Civil Veterinary Department. Central Provinces & Berar 1925-31 - 1925-1931
Year: 1925
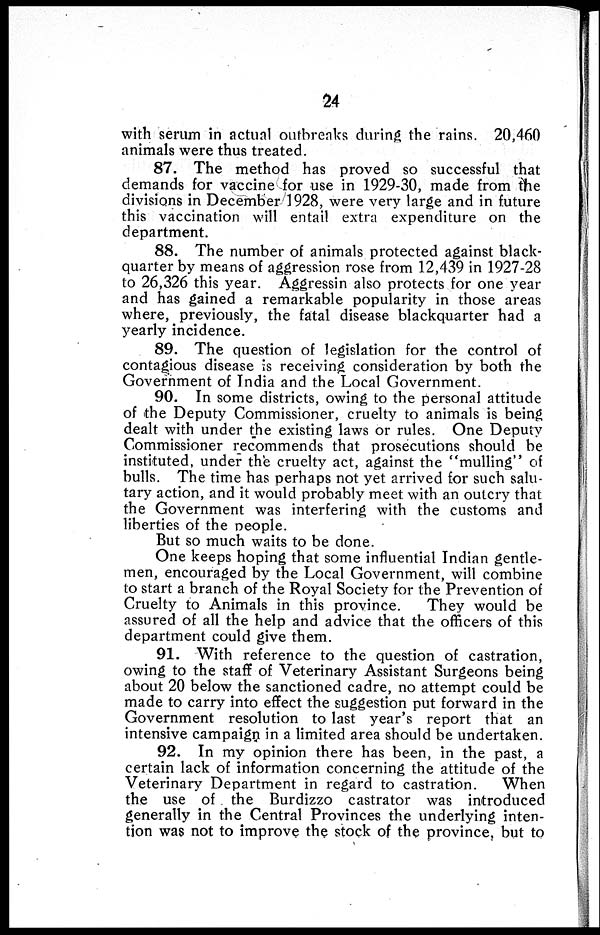
24
with serum in actual outbreaks during the rains. 20,460
animals were thus treated.
87. The method has proved so successful that
demands for vaccine for use in 1929-30, made from the
divisions in December 1928, were very large and in future
this vaccination will entail extra expenditure on the
department.
88. The number of animals protected against black-
quarter by means of aggression rose from 12,439 in 1927-28
to 26,326 this year. Aggressin also protects for one year
and has gained a remarkable popularity in those areas
where, previously, the fatal disease blackquarter had a
yearly incidence.
89. The question of legislation for the control of
contagious disease is receiving consideration by both the
Government of India and the Local Government.
90. In some districts, owing to the personal attitude
of the Deputy Commissioner, cruelty to animals is being
dealt with under the existing laws or rules. One Deputy
Commissioner recommends that prosecutions should be
instituted, under the cruelty act, against the "mulling" of
bulls. The time has perhaps not yet arrived for such salu-
tary action, and it would probably meet with an outcry that
the Government was interfering with the customs and
liberties of the people.
But so much waits to be done.
One keeps hoping that some influential Indian gentle-
men, encouraged by the Local Government, will combine
to start a branch of the Royal Society for the Prevention of
Cruelty to Animals in this province.
They would be
assured of all the help and advice that the officers of this
department could give them.
91. With reference to the question of castration,
owing to the staff of Veterinary Assistant Surgeons being
about 20 below the sanctioned cadre, no attempt could be
made to carry into effect the suggestion put forward in the
Government resolution to last year's report that an
intensive campaign in a limited area should be undertaken.
92. In my opinion there has been, in the past, a
certain lack of information concerning the attitude of the
Veterinary Department in regard to castration.
When
the use of the Burdizzo castrator was introduced
generally in the Central Provinces the underlying inten-
tion was not to improve the stock of the province, but to